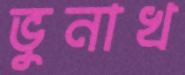
ভুনাখ